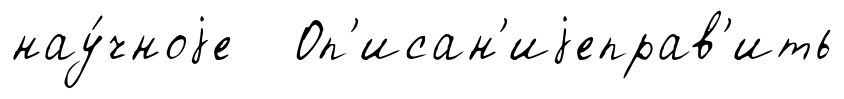
нау́чноjе Оп'исан'иjеправ'ить